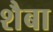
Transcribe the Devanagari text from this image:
शैबा